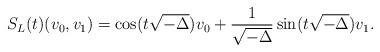
\begin{align*}S_L(t)(v_0,v_1) = \cos(t \sqrt{-\Delta}) v_0 + \frac{1}{\sqrt{-\Delta}} \sin(t \sqrt{-\Delta}) v_1. \end{align*}